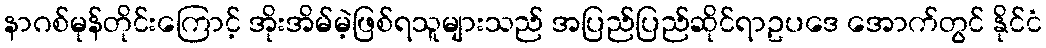
နာဂစ်မုန်တိုင်းကြောင့် အိုးအိမ်မဲ့ဖြစ်ရသူများသည် အပြည်ပြည်ဆိုင်ရာဥပဒေ အောက်တွင် နိုင်ငံ